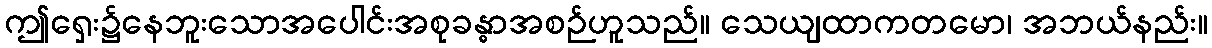
ဤရှေး၌နေဘူးသောအပေါင်းအစုခန္ဓာအစဉ်ဟူသည်။ သေယျထာကတမော၊ အဘယ်နည်း။